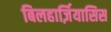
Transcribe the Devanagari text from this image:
बिलहार्ज़ियासिस